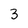
Character: 3